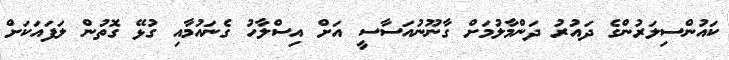
ކައުންސިލަރުންގެ ދައުރު ދަންމާލުމަށް ގާނޫނުއަސާސީ އަށް އިސްލާހު ގެނައުމާއި ގުޅޭ ގޮތުން ލަފައަކަށް